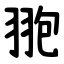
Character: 䎂